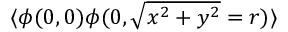
\langle \phi ( 0 , 0 ) \phi ( 0 , \sqrt { x ^ { 2 } + y ^ { 2 } } = r ) \rangle